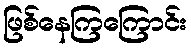
ဖြစ်နေကြကြောင်း